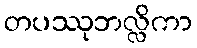
တပဿုဘလ္လိကာ